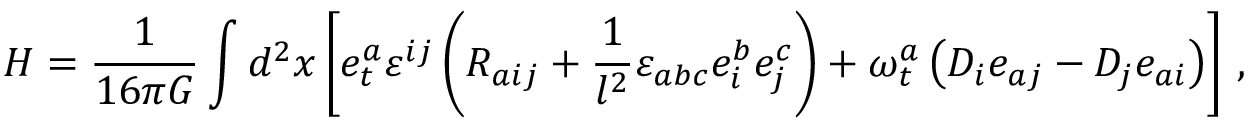
H = { \frac { 1 } { 1 6 \pi G } } \int d ^ { 2 } x \left[ e _ { t } ^ { a } \varepsilon ^ { i j } \left( R _ { a i j } + { \frac { 1 } { l ^ { 2 } } } \varepsilon _ { a b c } e _ { i } ^ { b } e _ { j } ^ { c } \right) + \omega _ { t } ^ { a } \left( D _ { i } e _ { a j } - D _ { j } e _ { a i } \right) \right] \, ,